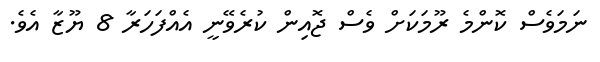
ނަމަވެސް ކޮންމެ ރޫމަކަށް ވެސް ޖޮއިން ކުރެވޭނީ އެއްފަހަރާ 8 ޔޫޒާ އެވެ.